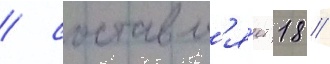
/ составл'я́ет 18 //